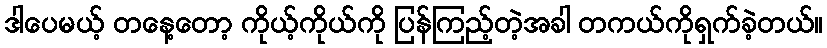
ဒါပေမယ့် တနေ့တော့ ကိုယ့်ကိုယ်ကို ပြန်ကြည့်တဲ့အခါ တကယ်ကိုရှက်ခဲ့တယ်။